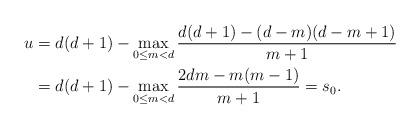
LaTeX: \begin{align*}u&=d(d+1)-\max_{0\le m<d}\frac{d(d+1)-(d-m)(d-m+1)}{m+1}\\&=d(d+1)-\max_{0\le m<d}\frac{2dm-m(m-1)}{m+1}=s_0.\end{align*}